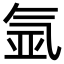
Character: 氩